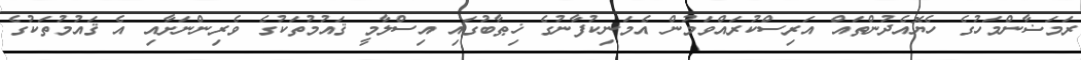
ރަމަޟާންމަހުގެ ހެޔޮއެދުންތައް އަރިސްކުރައްވަމުން އެމަނިކުފާނުގެ ޚިޠާބުގައި އިސްލާމީ ޤައުމުތަކުގެ ވެރިންނަށާއި އެ ޤައުމުތަކުގެ